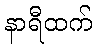
နာရီထက်